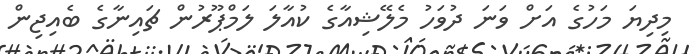
މިދިޔަ މަހުގެ އަށް ވަނަ ދުވަހު މެލޭޝިއާގެ ކުއާލަ ލަމްޕޫރުން ޗައިނާގެ ބެއިޖިން